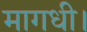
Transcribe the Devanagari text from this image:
मागधी।